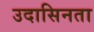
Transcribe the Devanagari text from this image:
उदासिनता